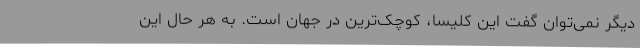
دیگر نمی‌توان گفت این کلیسا، کوچک‌ترین در جهان است. به هر حال این